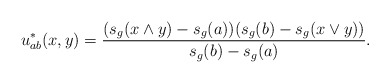
\begin{align*}u^*_{ab}(x,y)= \frac{(s_g(x \wedge y)-s_g(a))(s_g(b)-s_g(x\vee y))}{s_g(b)-s_g(a)}. \end{align*}